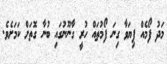
މަދު ފޯމެއް ފިޔަވާ ގިނަ ފޯމުތައް ހުރީ ގާނޫނުގައި ބުނާ ގޮތަށް ކަމަށެވެ.